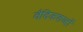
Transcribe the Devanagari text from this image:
वैदिकशब्दों